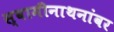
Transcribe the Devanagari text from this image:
स्वामीनाथनांवर